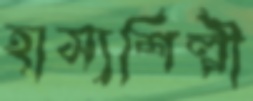
হাস্যশিল্পী